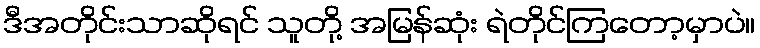
ဒီအတိုင်းသာဆိုရင် သူတို့ အမြန်ဆုံး ရဲတိုင်ကြတော့မှာပဲ။